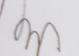
Signature authenticity: genuine